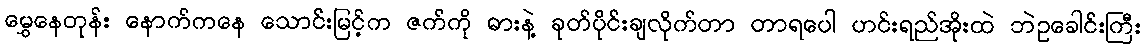
မွှေနေတုန်း နောက်ကနေ သောင်းမြင့်က ဇက်ကို ဓားနဲ့ ခုတ်ပိုင်းချလိုက်တာ တာရပေါ ဟင်းရည်အိုးထဲ ဘဲဥခေါင်းကြီး